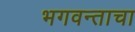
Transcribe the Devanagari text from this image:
भगवन्ताचा